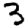
Digit: 3